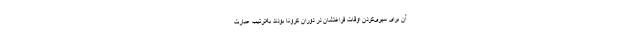
آن برای سپری‌کردن اوقات فراغتشان در دوران کرونا بودند به‌ترتیب عبارت